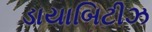
ડાયાબિટીઝ